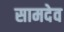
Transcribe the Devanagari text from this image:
सामदेव